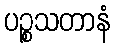
ပဉ္စသတာနံ